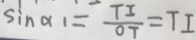
\sin \alpha _ { 1 } = \frac { T I } { 0 T } = T I